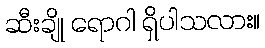
ဆီးချို ရောဂါ ရှိပါသလား။